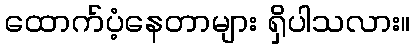
ထောက်ပံ့နေတာများ ရှိပါသလား။